Civil Veterinary Department. Madras. Admin. report 1910-25 - 1910-1925
Year: 1910
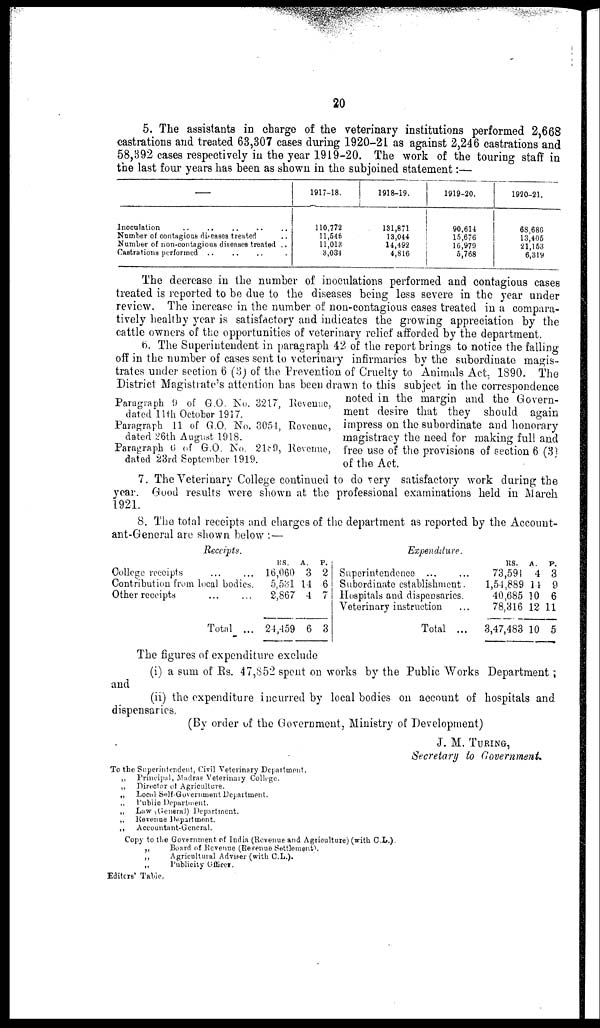
20
5. The assistants in charge of the veterinary institutions performed 2,668
castrations and treated 63,307 cases during 1920-21 as against 2,246 castrations and
58,392 cases respectively in the year 1919-20. The work of the touring staff in
the last four years has been as shown in the subjoined statement:—
Inoculation .. .. .. .. ..
Number of contagious diseases treated ..
Number of non-contagious diseases treated ..
Castrations performed .. .. .. .
1917-18.
110,772
11,546
11,013
3,034
1918-19.
131,871
13,044
14,492
4,816
1919-20.
90,614
15,676
16,979
5,768
1920-21.
68,686
13,405
21,153
6,319
The decrease in the number of inoculations performed and contagious cases
treated is reported to be due to the diseases being less severe in the year under
review. The increase in the number of non-contagious cases treated in a compara-
tively healthy year is satisfactory and indicates the growing appreciation by the
cattle owners of the opportunities of veterinary relief afforded by the department.
Paragraph 9 of G.O. No. 3217, Revenue,
dated 11th October 1917.
Paragraph 11 of G.O. No. 3054, Revenue,
dated 26th August 1918.
Paragraph 6 of G.O. No. 2189, Revenue,
dated 23rd September 1919.
6. The Superintendent in paragraph 42 of the report brings to notice the falling
off in the number of cases sent to veterinary infirmaries by the subordinate magis-
trates under section 6 (3) of the Prevention of Cruelty to Animals Act, 1890. The
District Magistrate's attention has been drawn to this subject in the correspondence
noted in the margin and the Govern-
ment desire that they should again
impress on the subordinate and honorary
magistracy the need for making full and
free use of the provisions of section 6 (3)
of the Act.
7. The Veterinary College continued to do very satisfactory work during the
year. Good results were shown at the professional examinations held in March
1921.
8. The total receipts and charges of the department as reported by the Account-
ant-General are shown below :—
Receipts.
College receipts ... ...
Contribution from local bodies.
Other receipts
Total ...
RS.
A.
P.
16,060 3 2
5,531 14 6
2,867 4 7
24,459 6 3
Expenditure.
Superintendence ... ...
Subordinate establishment.
Hospitals and dispensaries.
Veterinary instruction
Total ...
RS.
A.
P.
73,591 4 3
1,54,889 14 9
40,685 10 6
78,316 12 11
3,47,483 10 5
The figures of expenditure exclude
(i) a sum of Rs. 47,852 spent on works by the Public Works Department;
and
(ii) the expenditure incurred by local bodies on account of hospitals and
dispensaries.
(By order of the Government, Ministry of Development)
J. M. TURING,
Secretary to Government.
To the Superintendent, Civil Veterinary Department.
„ Principal, Madras Veterinary College.
„
Director of Agriculture.
„ Local Sell-Government Department.
„ Public Department.
„ Law (General) Department.
„
Revenue Department.
„
Accountant-General.
Copy to the Government of India (Revenue and Agriculture) (with C.L.).
„
Board of Revenue (Revenue Settlement).
„
Agricultural Adviser (with C.L.).
„
Publicity Officer.
Editors' Table.